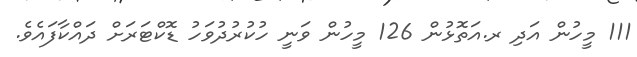
111 މީހުން އަދި ރ.އަތޮޅުން 126 މީހުން ވަނީ ހުކުރުދުވަހު ޑޮކްޓަރަށް ދައްކާފައެވެ.